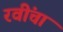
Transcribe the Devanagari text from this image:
रवींचा